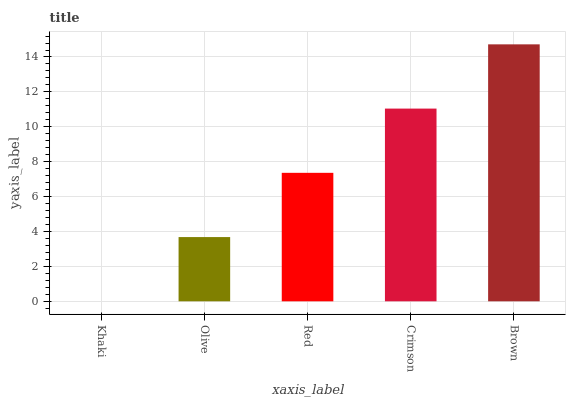
| xaxis_label | bars |
 | --- | --- |
 | Khaki | 0 |
 | Olive | 3.68 |
 | Red | 7.36 |
 | Crimson | 11 |
 | Brown | 14.7 |